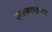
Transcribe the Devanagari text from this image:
एमएफएमईआर